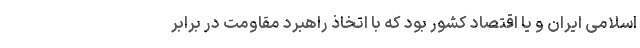
اسلامی ایران و یا اقتصاد کشور بود که با اتخاذ راهبرد مقاومت در برابر